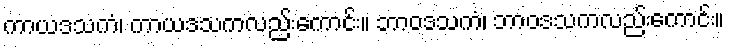
ကာယဒသကံ၊ ကာယဒသကလည်းကောင်း။ ဘာဝဒသကံ၊ ဘာဝဒသကလည်းကောင်း။